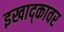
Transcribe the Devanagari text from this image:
इखाद्कावर